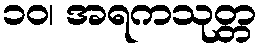
၁၀၊ အရကသုတ္တ